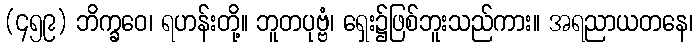
(၄၅၉) ဘိက္ခဝေ၊ ရဟန်းတို့။ ဘူတပုဗ္ဗံ၊ ရှေး၌ဖြစ်ဘူးသည်ကား။ အရညာယတနေ၊